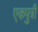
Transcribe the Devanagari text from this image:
एकपुत्री